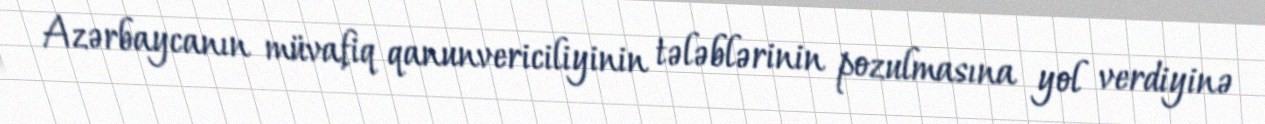
Azərbaycanın müvafiq qanunvericiliyinin tələblərinin pozulmasına yol verdiyinə